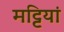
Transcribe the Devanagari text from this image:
मट्टियां